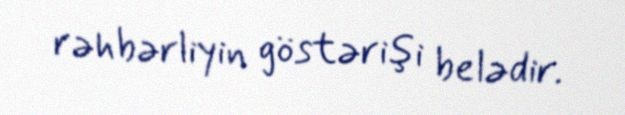
rəhbərliyin göstərişi belədir.